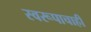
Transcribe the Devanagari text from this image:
स्वरूपाचाही